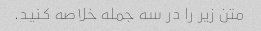
متن زیر را در سه جمله خلاصه کنید.